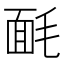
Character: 𣮿